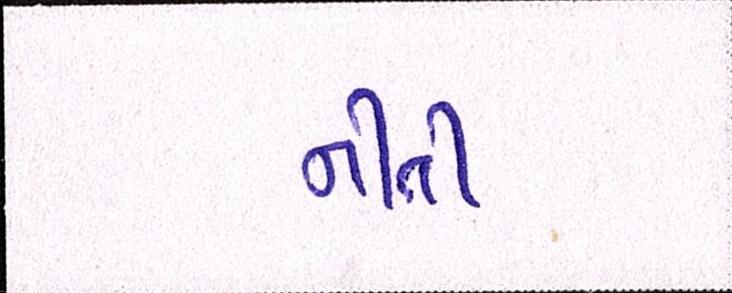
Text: નીતી